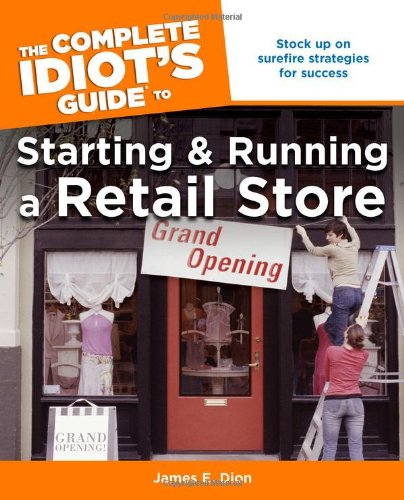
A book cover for The Complete Idiot's Guide to Starting and Running a Retail Store (Complete Idiot's Guides (Lifestyle Paperback)); James E. Dion; Business & Money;